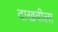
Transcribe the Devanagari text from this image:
दाखवीला